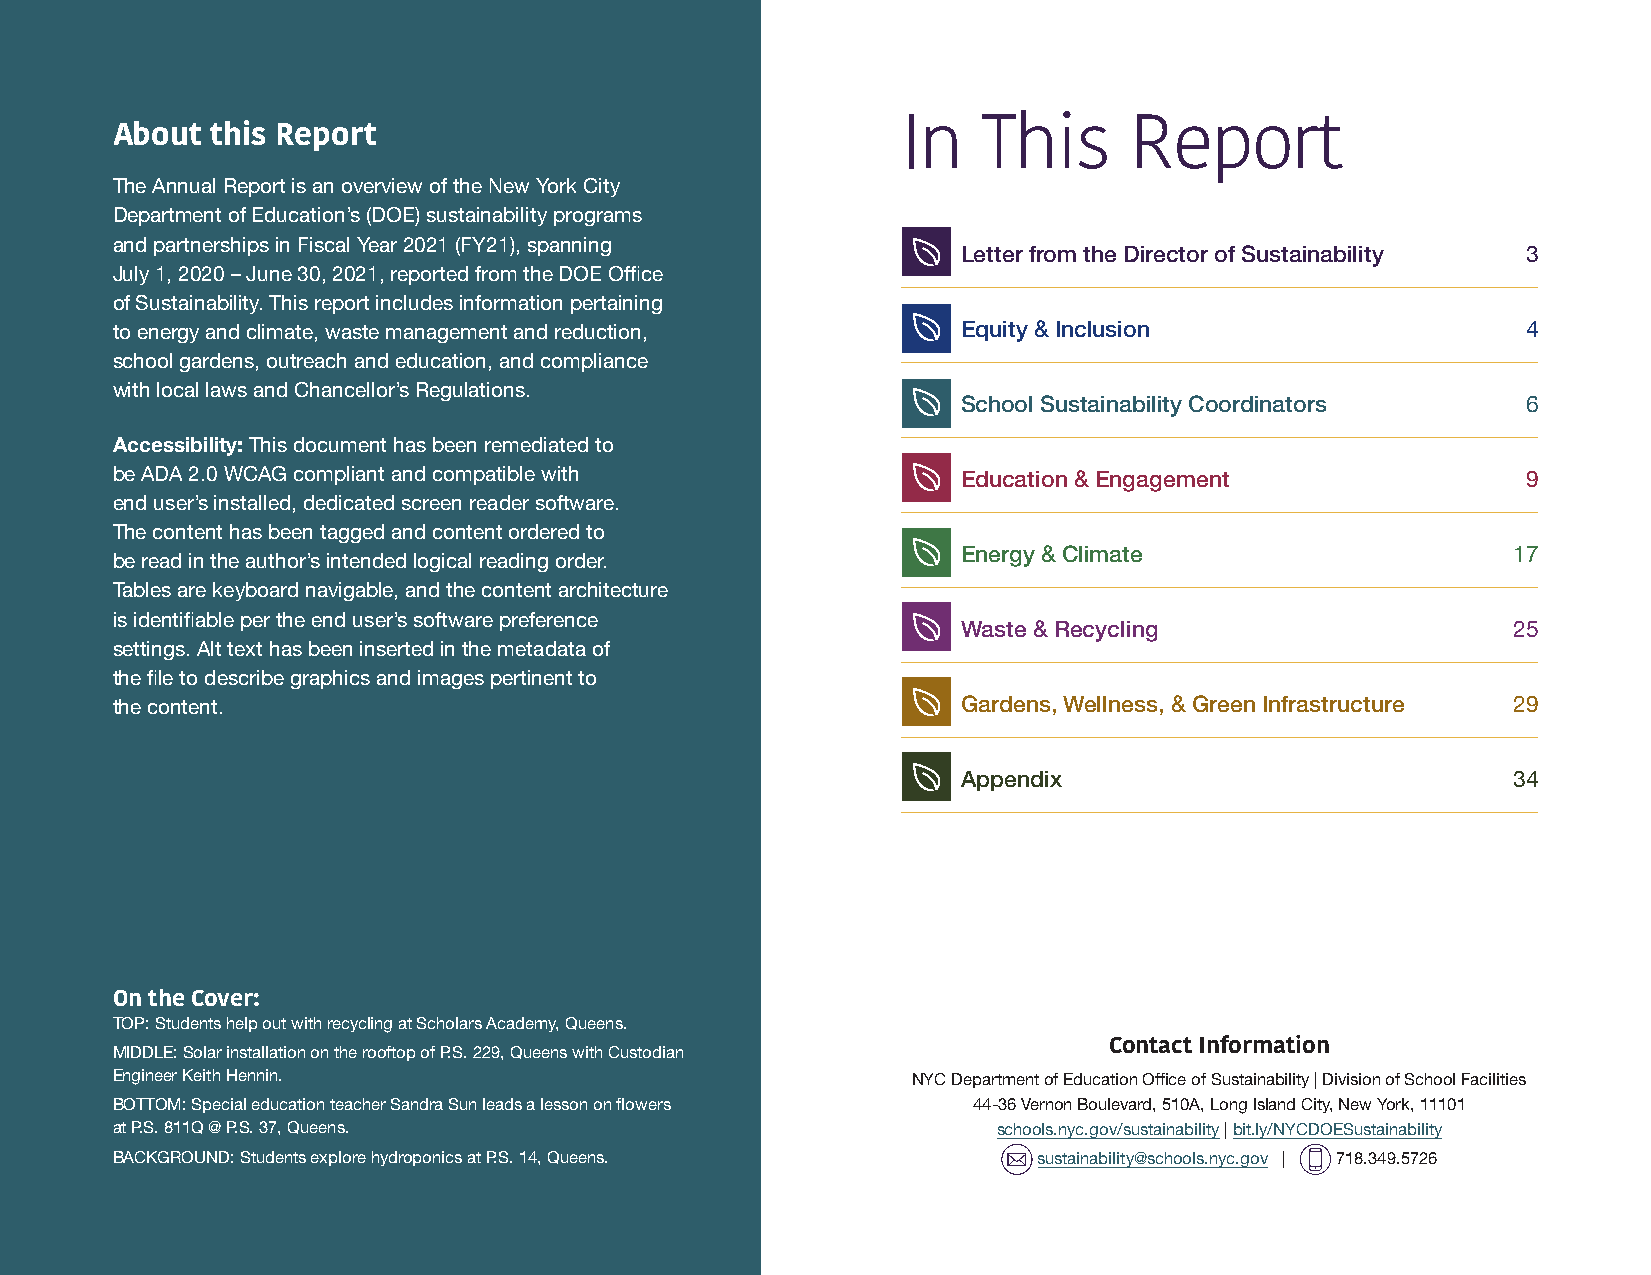
About  this Report                                   In   This      Report
 The Annual Report is an overview of the New York City
 Department of Education’s (DOE) sustainability programs
 and partnerships in Fiscal Year 2021 (FY21), spanning
 Letter from the Director of Sustainability 3
 July 1, 2020 – June 30, 2021, reported from the DOE Office
 of Sustainability. This report includes information pertaining
 to energy and climate, waste management and reduction,   Equity & Inclusion                   4
 school gardens, outreach and education, and compliance
 with local laws and Chancellor’s Regulations.
 School Sustainability Coordinators   6
 Accessibility: This document has been remediated to
 be ADA 2.0 WCAG compliant and compatible with            Education & Engagement               9
 end user’s installed, dedicated screen reader software.
 The content has been tagged and content ordered to
 Energy & Climate                    17
 be read in the author’s intended logical reading order.
 Tables are keyboard navigable, and the content architecture
 is identifiable per the end user’s software preference
 Waste & Recycling                   25
 settings. Alt text has been inserted in the metadata of
 the file to describe graphics and images pertinent to
 the content.                                             Gardens, Wellness, & Green Infrastructure 29
 Appendix                            34
 On the Cover:
 TOP: Students help out with recycling at Scholars Academy, Queens.
 MIDDLE: Solar installation on the rooftop of P.S. 229, Queens with Custodian Contact Information
 Engineer Keith Hennin.                               NYC Department of Education Office of Sustainability | Division of School Facilities
 BOTTOM: Special education teacher Sandra Sun leads a lesson on flowers 44-36 Vernon Boulevard, 510A, Long Island City, New York, 11101
 at P.S. 811Q @ P.S. 37, Queens.                            schools.nyc.gov/sustainability | bit.ly/NYCDOESustainability
 BACKGROUND: Students explore hydroponics at P.S. 14, Queens.  sustainability@schools.nyc.gov | 718.349.5726